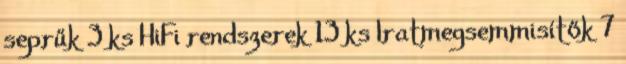
seprűk 3 ks HiFi rendszerek 13 ks Iratmegsemmisítők 7